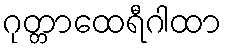
ဂုတ္တာထေရီဂါထာ